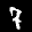
Label: 7